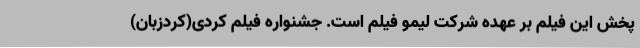
پخش این فیلم بر عهده شرکت لیمو فیلم است. جشنواره فیلم کردی(کردزبان)